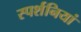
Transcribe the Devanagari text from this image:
स्पर्शनियां